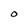
Character: o